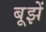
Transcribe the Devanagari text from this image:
बूझें